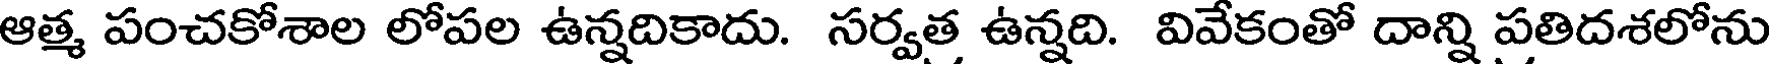
ఆత్మ పంచకోశాల లోపల ఉన్నదికాదు. సర్వత ఉన్నది. వివేకంతో దాన్ని పతిదశలోను